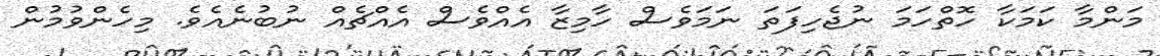
މަންމާ ކަމަކާ ހޮތްހަމަ ނުޖެހިފަތަ ނަމަވެސް ހާމިޒާ އެއްވެސް އެއްޗެއް ނުބުނެއެވެ. މިހެންވުމުން